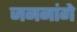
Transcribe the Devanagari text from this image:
जननांगे